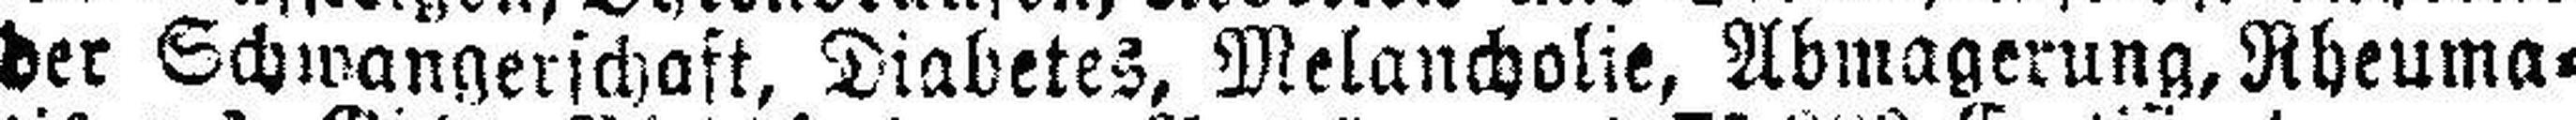
der Schwangerschaft, Diabetes, Melancholie, Abmagerung, Rheuma¬